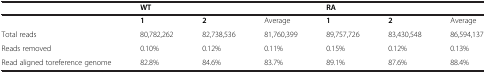
<table><thead><tr><td><b> </b></td><td colspan="2"><b>WT</b></td><td><b> </b></td><td colspan="2"><b>RA</b></td><td><b> </b></td></tr></thead><tbody><tr><td> </td><td><b>1</b></td><td><b>2</b></td><td>Average</td><td><b>1</b></td><td><b>2</b></td><td>Average</td></tr><tr><td>Total reads</td><td>80,782,262</td><td>82,738,536</td><td>81,760,399</td><td>89,757,726</td><td>83,430,548</td><td>86,594,137</td></tr><tr><td>Reads removed</td><td>0.10%</td><td>0.12%</td><td>0.11%</td><td>0.15%</td><td>0.12%</td><td>0.13%</td></tr><tr><td>Read aligned toreference genome</td><td>82.8%</td><td>84.6%</td><td>83.7%</td><td>89.1%</td><td>87.6%</td><td>88.4%</td></tr></tbody></table>